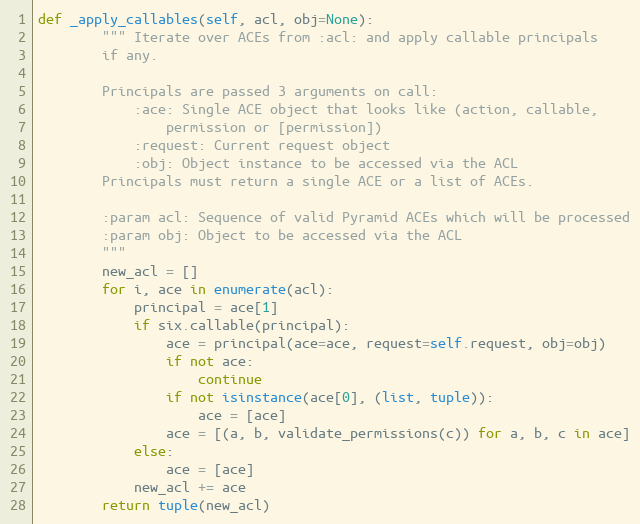
Language: Python
def _apply_callables(self, acl, obj=None):
        """ Iterate over ACEs from :acl: and apply callable principals
        if any.

        Principals are passed 3 arguments on call:
            :ace: Single ACE object that looks like (action, callable,
                permission or [permission])
            :request: Current request object
            :obj: Object instance to be accessed via the ACL
        Principals must return a single ACE or a list of ACEs.

        :param acl: Sequence of valid Pyramid ACEs which will be processed
        :param obj: Object to be accessed via the ACL
        """
        new_acl = []
        for i, ace in enumerate(acl):
            principal = ace[1]
            if six.callable(principal):
                ace = principal(ace=ace, request=self.request, obj=obj)
                if not ace:
                    continue
                if not isinstance(ace[0], (list, tuple)):
                    ace = [ace]
                ace = [(a, b, validate_permissions(c)) for a, b, c in ace]
            else:
                ace = [ace]
            new_acl += ace
        return tuple(new_acl)